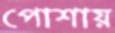
পোশায়